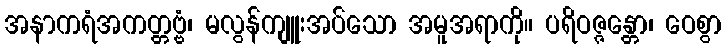
အနာကရံအကတ္တဗ္ဗံ၊ မလွန်ကျူးအပ်သော အမူအရာကို။ ပရိဝဇ္ဇန္တော၊ ဝေစွာ